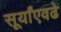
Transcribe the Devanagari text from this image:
सूर्यांएवढे